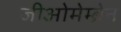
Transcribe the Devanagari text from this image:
जीओमेम्ब्रेन